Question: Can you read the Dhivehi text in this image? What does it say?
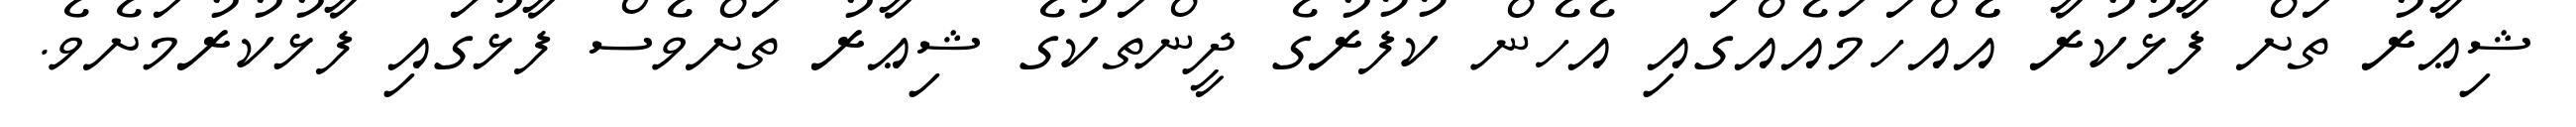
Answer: ޝިޢާރު ތަށް ފާޅުކުރާ އެެއްހަމައެއްގައި އެހެން ކުފުރުގެ ދީންތަކުގެ ޝިޢާރު ތަށްވެސް ފާޅުގައި ފާޅުކުރުމަށެވެ.